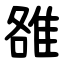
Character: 雒